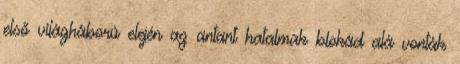
első világháború elején az antant hatalmak blokád alá vonták